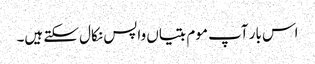
اس بار آپ موم بتیاں واپس نکال سکتے ہیں۔